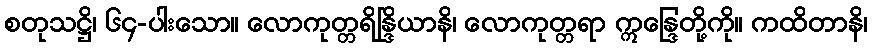
စတုသဋ္ဌိ၊ ၆၄-ပါးသော။ လောကုတ္တရိန္ဒြိယာနိ၊ လောကုတ္တရာ ဣန္ဒြေတို့ကို။ ကထိတာနိ၊